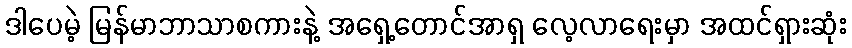
ဒါပေမဲ့ မြန်မာဘာသာစကားနဲ့ အရှေ့တောင်အာရှ လေ့လာရေးမှာ အထင်ရှားဆုံး